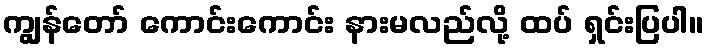
ကျွန်တော် ကောင်းကောင်း နားမလည်လို့ ထပ် ရှင်းပြပါ။